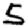
Digit: 5